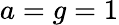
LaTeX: a=g=1